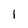
Character: 1